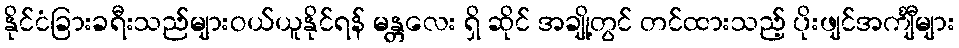
နိုင်ငံခြားခရီးသည်များဝယ်ယူနိုင်ရန် မန္တလေး ရှိ ဆိုင် အချို့တွင် တင်ထားသည့် ပိုးဖျင်အင်္ကျီများ